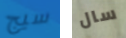
سيج سال